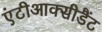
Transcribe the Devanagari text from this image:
एंटीआक्सीडैंट